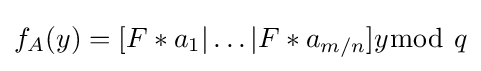
f_{A}(y)=[F\ast a_{1}|\ldots |F\ast a_{m/n}]y{\bmod {\ }}q